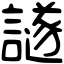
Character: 譢